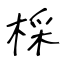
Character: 棌